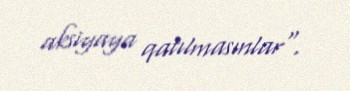
aksiyaya qatılmasınlar".